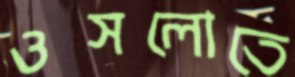
ওসলোতে